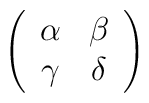
\left( \begin{array}{cc}\alpha & \beta \\\gamma & \delta\end{array} \right)